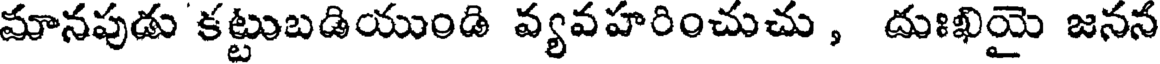
మానపుడు కట్టుబడియుండి వ్యవహరించుచు , దుఃఖియై జనన